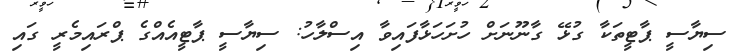
ސިޔާސީ ޕާޓީތަކާ ގުޅޭ ގާނޫނަށް ހުށަހަޅާފައިވާ އިސްލާހު: ސިޔާސީ ޕާޓީއެއްގެ ޕްރައިމެރީ ގައި